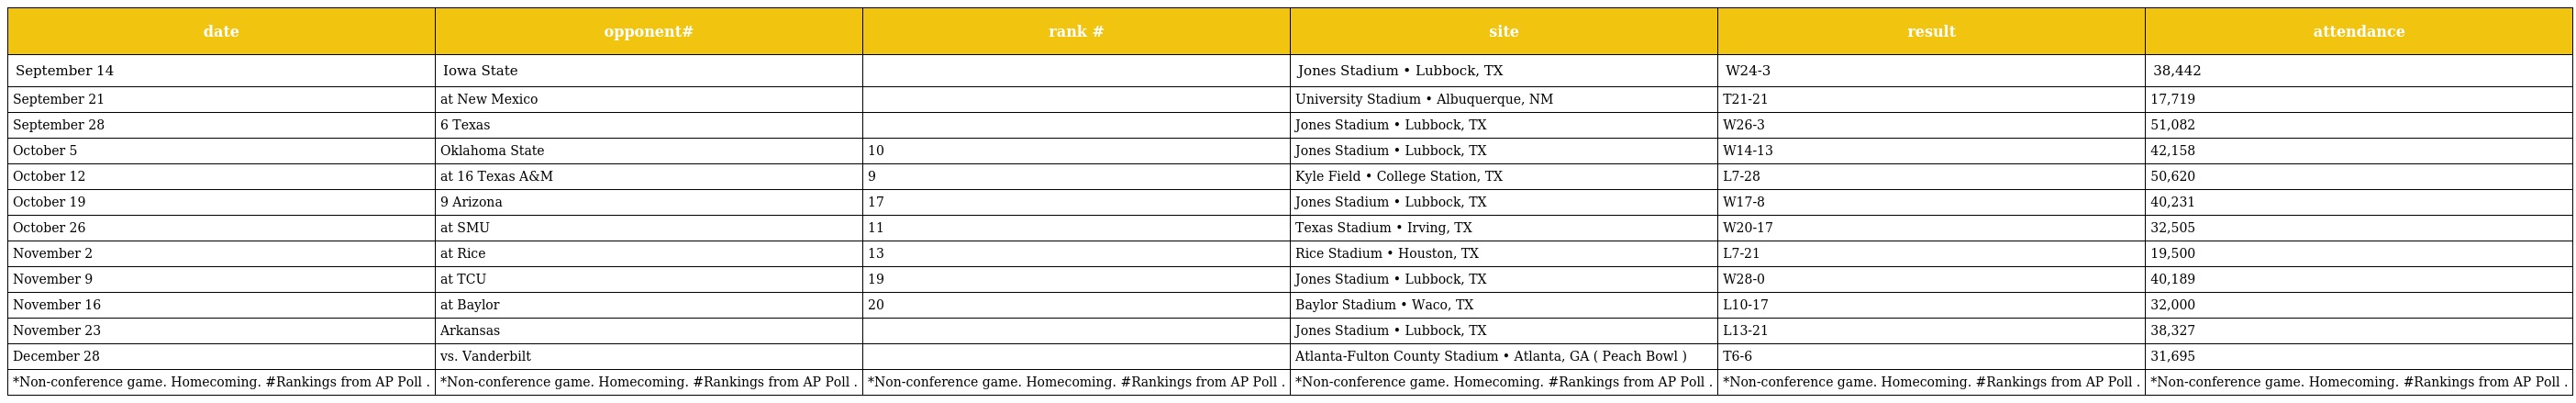
| date | opponent# | rank # | site | result | attendance |
 | --- | --- | --- | --- | --- | --- |
 | September 14 | Iowa State |  | Jones Stadium • Lubbock, TX | W24-3 | 38,442 |
 | September 21 | at New Mexico |  | University Stadium • Albuquerque, NM | T21-21 | 17,719 |
 | September 28 | 6 Texas |  | Jones Stadium • Lubbock, TX | W26-3 | 51,082 |
 | October 5 | Oklahoma State | 10 | Jones Stadium • Lubbock, TX | W14-13 | 42,158 |
 | October 12 | at 16 Texas A&M | 9 | Kyle Field • College Station, TX | L7-28 | 50,620 |
 | October 19 | 9 Arizona | 17 | Jones Stadium • Lubbock, TX | W17-8 | 40,231 |
 | October 26 | at SMU | 11 | Texas Stadium • Irving, TX | W20-17 | 32,505 |
 | November 2 | at Rice | 13 | Rice Stadium • Houston, TX | L7-21 | 19,500 |
 | November 9 | at TCU | 19 | Jones Stadium • Lubbock, TX | W28-0 | 40,189 |
 | November 16 | at Baylor | 20 | Baylor Stadium • Waco, TX | L10-17 | 32,000 |
 | November 23 | Arkansas |  | Jones Stadium • Lubbock, TX | L13-21 | 38,327 |
 | December 28 | vs. Vanderbilt |  | Atlanta-Fulton County Stadium • Atlanta, GA ( Peach Bowl ) | T6-6 | 31,695 |
 | *Non-conference game. Homecoming. #Rankings from AP Poll . | *Non-conference game. Homecoming. #Rankings from AP Poll . | *Non-conference game. Homecoming. #Rankings from AP Poll . | *Non-conference game. Homecoming. #Rankings from AP Poll . | *Non-conference game. Homecoming. #Rankings from AP Poll . | *Non-conference game. Homecoming. #Rankings from AP Poll . |